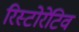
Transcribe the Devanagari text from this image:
रिस्टोरेटिव